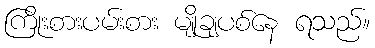
ကြိုးစားပမ်းစား မျိုချပစ်နေ ရသည်။